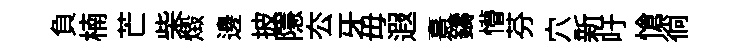
負楠芒柴燬邊披隱厺牙毋遐憙鑄懵芬穴新吁愴徜